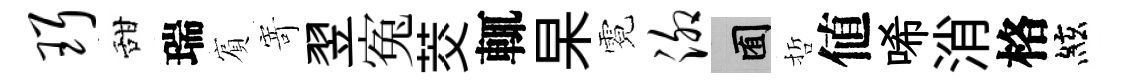
珥甜瑞賔𭔃翌寃茭輒杲霓泖囿哲値唏消格絃